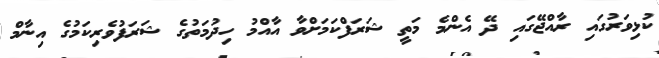
ކުޅިވަރުގައި ރާއްޖޭގައި ދޭ އެންމެ މަތީ ޝަރަފްކަމަށްވާ އާއްމު ހިދުމަތުގެ ޝަރަފުވެރިިކަމުގެ އިނާމް